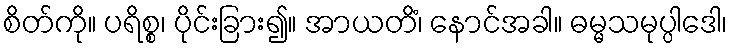
စိတ်ကို။ ပရိစ္စ၊ ပိုင်းခြား၍။ အာယတိံ၊ နောင်အခါ။ ဓမ္မသမုပ္ပါဒေါ၊